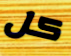
كل